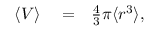
\begin{array} { r l r } { \langle V \rangle } & { { } = } & { \frac { 4 } { 3 } \pi \langle r ^ { 3 } \rangle , } \end{array}